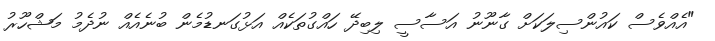
"އެއްވެސް ކައުންސިލަކަށް ގާނޫނު އަސާސީ ލިބިދޭ ހައްގުތަކެއް އަޅުގަނޑުމެން ބުނެއެއް ނުދެމު މަޝްހޫރު